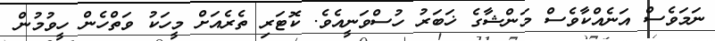
ނަމަވެސް އަނެއްކާވެސް މަންޝާގެ ޚަބަރު ހުސްވަނީއެވެ. ކޮޓަރި ތެރެއަށް މީހަަކު ވަތްހެން ހީވުމުން